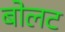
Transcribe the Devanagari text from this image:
बोलट